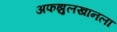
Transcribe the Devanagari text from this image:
अफझुलखानला